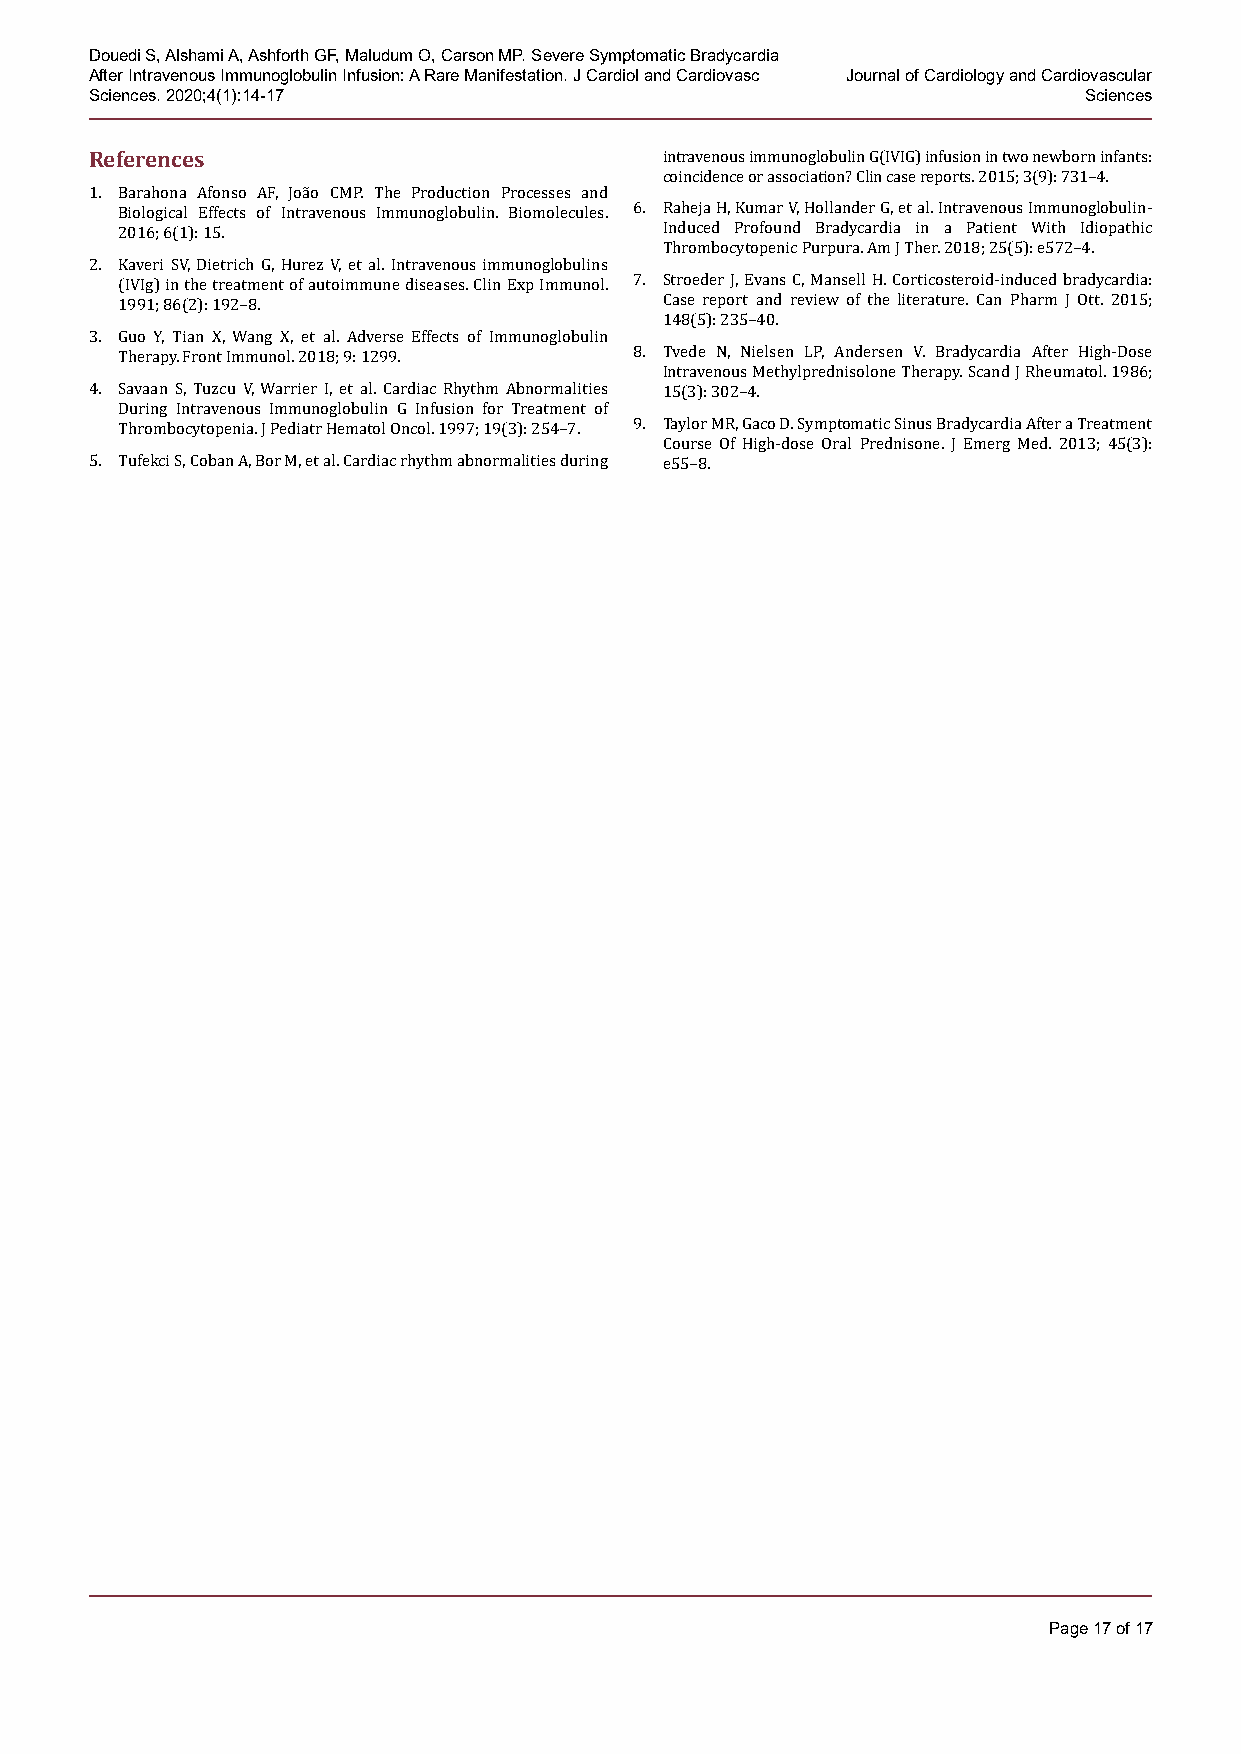
Douedi S, Alshami A, Ashforth GF, Maludum O, Carson MP. Severe Symptomatic Bradycardia
 After Intravenous Immunoglobulin Infusion: A Rare Manifestation. J Cardiol and Cardiovasc Journal of Cardiology and Cardiovascular
 Sciences. 2020;4(1):14-17                                         Sciences
 References
 intravenous immunoglobulin G(IVIG) infusion in two newborn infants:
 coincidence or association? Clin case reports. 2015; 3(9): 731–4.
 1. Barahona Afonso AF, João CMP. The Production Processes and
 Biological Effects of Intravenous Immunoglobulin. Biomolecules. 6. Raheja H, Kumar V, Hollander G, et al. Intravenous Immunoglobulin-
 2016; 6(1): 15.                     Induced Profound Bradycardia in a Patient With Idiopathic
 Thrombocytopenic Purpura. Am J Ther. 2018; 25(5): e572–4.
 2. Kaveri SV, Dietrich G, Hurez V, et al. Intravenous immunoglobulins
 (IVIg) in the treatment of autoimmune diseases. Clin Exp Immunol. 7. Stroeder J, Evans C, Mansell H. Corticosteroid-induced bradycardia:
 1991; 86(2): 192–8.                 Case report and review of the literature. Can Pharm J Ott. 2015;
 148(5): 235–40.
 3. Guo Y, Tian X, Wang X, et al. Adverse Effects of Immunoglobulin
 Therapy. Front Immunol. 2018; 9: 1299. 8. Tvede N, Nielsen LP, Andersen V. Bradycardia After High-Dose
 Intravenous Methylprednisolone Therapy. Scand J Rheumatol. 1986;
 4. Savaan S, Tuzcu V, Warrier I, et al. Cardiac Rhythm Abnormalities 15(3): 302–4.
 During Intravenous Immunoglobulin G Infusion for Treatment of
 Thrombocytopenia. J Pediatr Hematol Oncol. 1997; 19(3): 254–7. 9. Taylor MR, Gaco D. Symptomatic Sinus Bradycardia After a Treatment
 Course Of High-dose Oral Prednisone. J Emerg Med. 2013; 45(3):
 5. Tufekci S, Coban A, Bor M, et al. Cardiac rhythm abnormalities during e55–8.
 Page 17 of 17